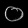
Digit: ၀